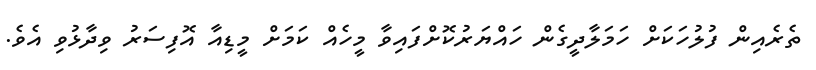
ތެރެއިން ފުލުހަކަށް ހަމަލާދީގެން ހައްޔަރުކޮށްފައިވާ މީހެއް ކަމަށް މީޑިއާ އޮފިސަރު ވިދާޅުވި އެވެ.